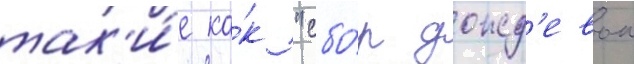
так'и́е ка́к "сбо́р дожд'евои